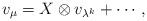
LaTeX: \begin{align*}v_\mu = X \otimes v_{\lambda^k} + \cdots, \end{align*}